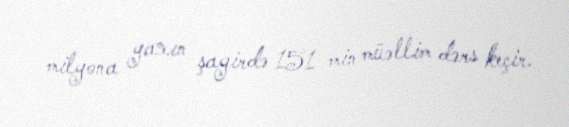
milyona yaxın şagirdə 151 min müəllim dərs keçir.